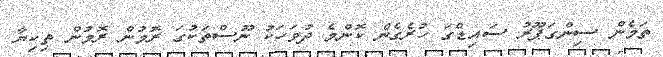
ތަމެން ސިންގަޕޫރު ސައިޑްގަ ހުރެގެން ކޮންމެ ދުވަހަކު ނޫސްތަކުގަ ރޮމުން ރޮމުން ތިކިޔާ